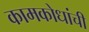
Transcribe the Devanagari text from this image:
कामकोधांची